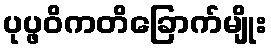
ပုပ္ဖဝိကတိခြောက်မျိုး